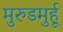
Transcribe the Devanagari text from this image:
मुरुडमुर्हू